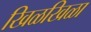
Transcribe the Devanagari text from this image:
खिळखिळा